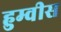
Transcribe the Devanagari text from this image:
हुम्वीस